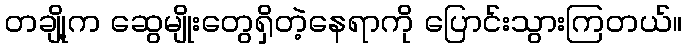
တချို့က ဆွေမျိုးတွေရှိတဲ့နေရာကို ပြောင်းသွားကြတယ်။